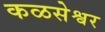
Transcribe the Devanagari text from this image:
कळसेश्वर